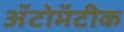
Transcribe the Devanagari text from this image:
ॲटोमॅटीक